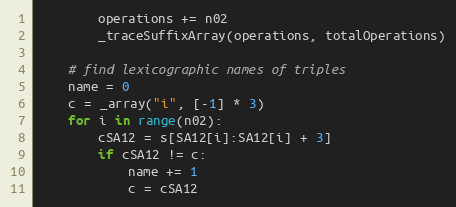
Language: Python
        operations += n02
        _traceSuffixArray(operations, totalOperations)

    # find lexicographic names of triples
    name = 0
    c = _array("i", [-1] * 3)
    for i in range(n02):
        cSA12 = s[SA12[i]:SA12[i] + 3]
        if cSA12 != c:
            name += 1
            c = cSA12